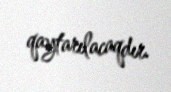
qaytarılacaqdır.